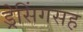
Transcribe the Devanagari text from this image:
ड्रेसिंगसह